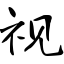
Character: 视